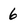
Character: 6